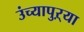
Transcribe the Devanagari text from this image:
उंच्यापुऱ्या